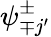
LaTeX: \psi_{\mp j^{\prime}}^{\pm}